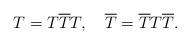
LaTeX: \begin{align*}T=T\overline{T}T,\quad \overline{T}=\overline{T}T\overline{T}.\end{align*}